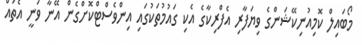
މޯބައިލް ކޮމިއުނިކޭޝަންގެ ވިޔަފާރި އެފްރިކާގެ އެކި ގައުމުތަކުގައި އިންވެސްޓްކޮށްގެން އޭނާ ވަނީ އެތައް